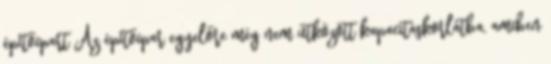
építőipart Az építőipar egyelőre még nem ütközött kapacitáskorlátba, amiben